Civil Veterinary Dept. North-West Frontier Province 1923-32 - 1923-1932
Year: 1923
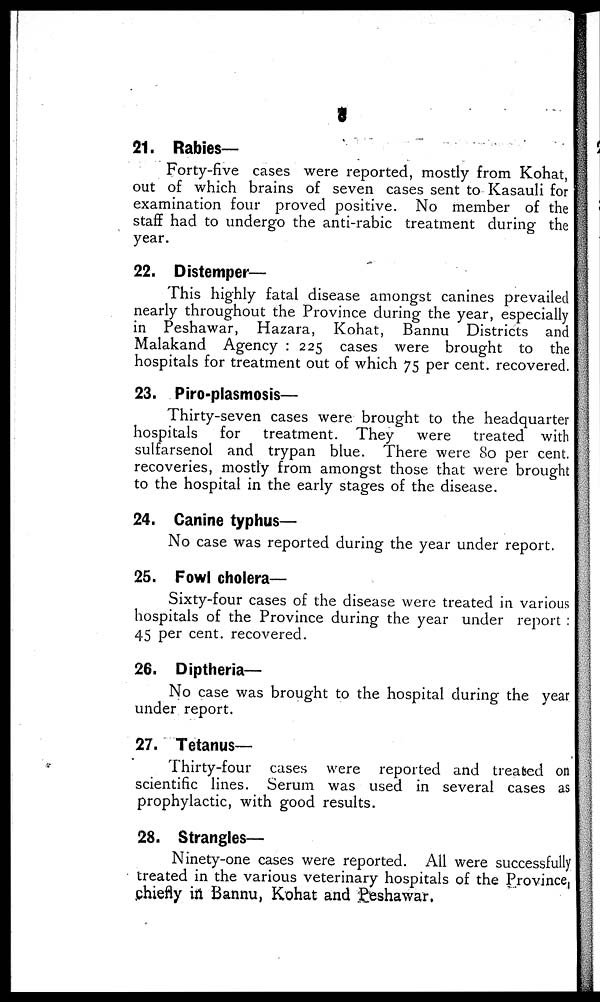
6
21. Rabies—
Forty-five cases were reported, mostly from Kohat,
out of which brains of seven cases sent to Kasauli for
examination four proved positive. No member of the
staff had to undergo the anti-rabic treatment during the
year.
22. Distemper—
This highly fatal disease amongst canines prevailed
nearly throughout the Province during the year, especially
in Peshawar, Hazara, Kohat, Bannu Districts and
Malakand Agency : 225 cases were brought to the
hospitals for treatment out of which 75 per cent. recovered.
23. Piro-plasmosis—
Thirty-seven cases were brought to the headquarter
hospitals for treatment. They were treated with
sulfarsenol and trypan blue. There were 80 per cent.
recoveries, mostly from amongst those that were brought
to the hospital in the early stages of the disease.
24. Canine typhus—
No case was reported during the year under report.
25. Fowl cholera—
Sixty-four cases of the disease were treated in various
hospitals of the Province during the year under report :
45 per cent. recovered.
26. Diptheria—
No case was brought to the hospital during the year
under report.
27. Tetanus—
Thirty-four cases were reported and treated on
scientific lines. Serum was used in several cases as
prophylactic, with good results.
28. Strangles—
Ninety-one cases were reported. All were successfully
treated in the various veterinary hospitals of the Province,
chiefly in Bannu, Kohat and Peshawar.